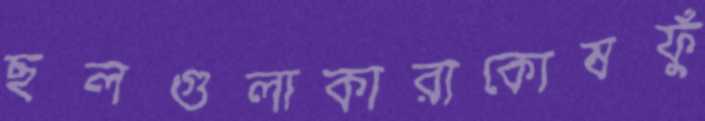
ছলগুলাকারাকোষফুঁ